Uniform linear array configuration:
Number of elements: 4
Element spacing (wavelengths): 1
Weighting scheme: cosine
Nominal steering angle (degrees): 30
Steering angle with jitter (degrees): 28.952
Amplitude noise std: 0.05
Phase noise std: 0.05

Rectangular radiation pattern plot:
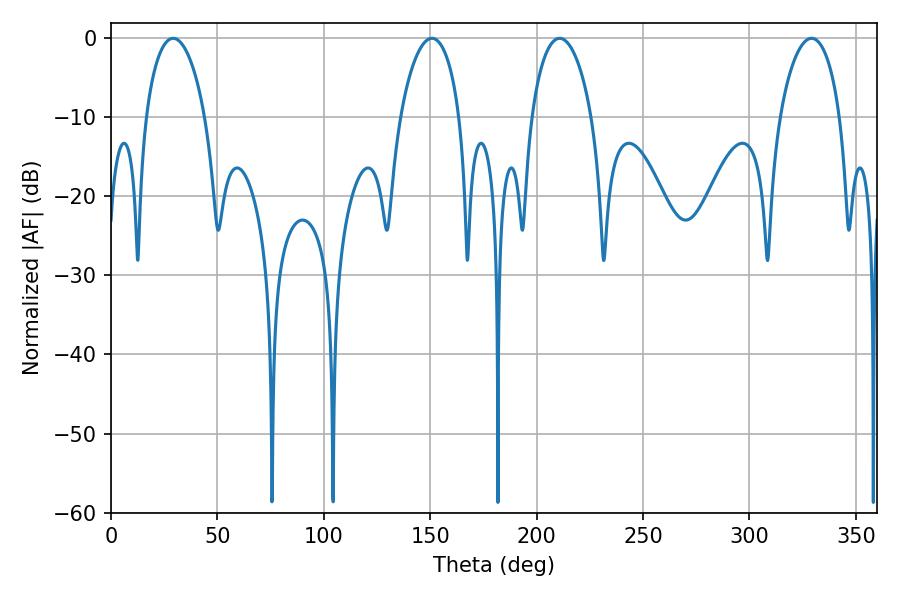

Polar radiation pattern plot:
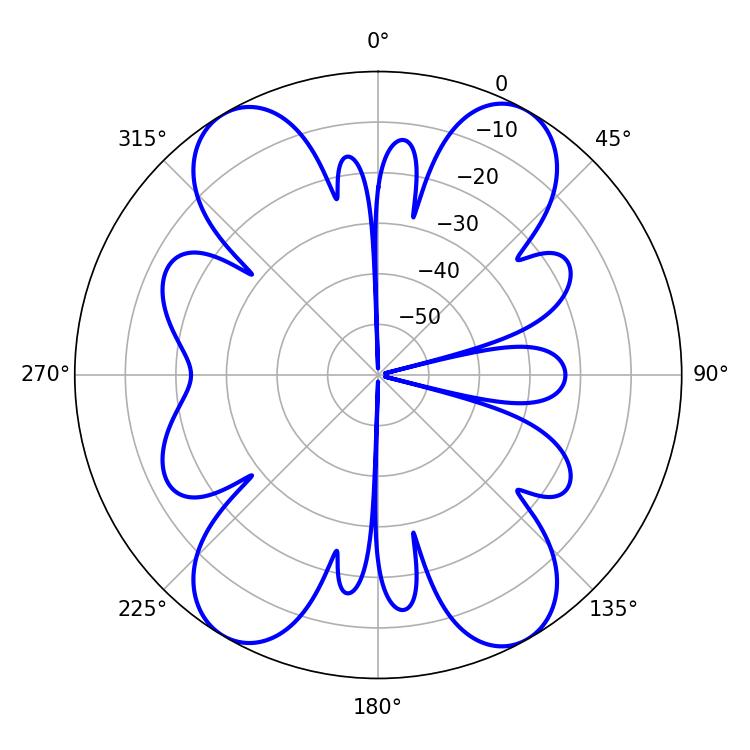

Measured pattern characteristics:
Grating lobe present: TRUE
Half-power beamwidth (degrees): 16.2
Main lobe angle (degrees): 210.78